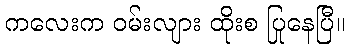
ကလေးက ဝမ်းလျား ထိုးစ ပြုနေပြီ။